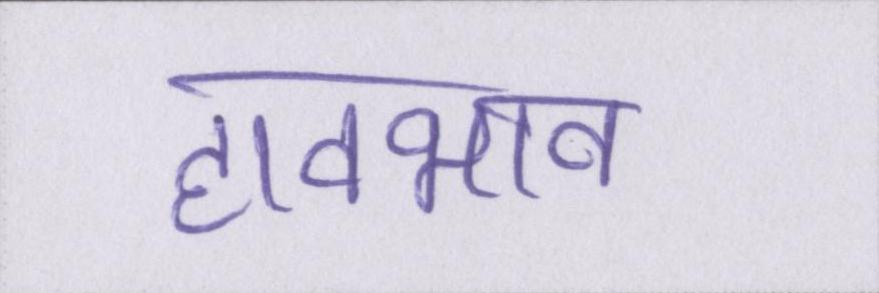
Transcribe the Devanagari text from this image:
हावभाव